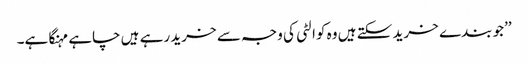
’’جو بندے خرید سکتے ہیں وہ کوالٹی کی وجہ سے خرید رہے ہیں چاہے مہنگا ہے۔